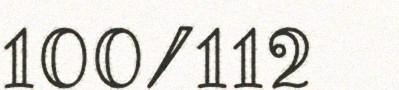
100/112